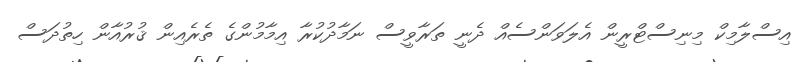
އިސްލާމިކް މިނިސްޓްރީން އެލަވަންސެއް ދެނީ ތަރާވީސް ނަމާދުކުރާ އިމާމުންގެ ތެރެއިން ޤުރުއާން ހިތުދަސް